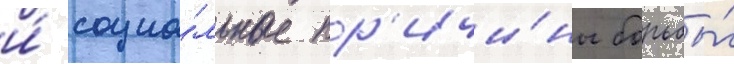
и́ социа́льные пр'ичи́ны борьбы́